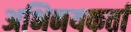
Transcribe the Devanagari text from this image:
अभिनयकर्ता